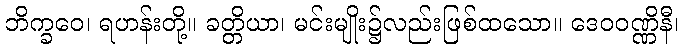
ဘိက္ခဝေ၊ ရဟန်းတို့။ ခတ္တိယာ၊ မင်းမျိုး၌လည်းဖြစ်ထသော။ ဒေဝဝဏ္ဏိနီ၊